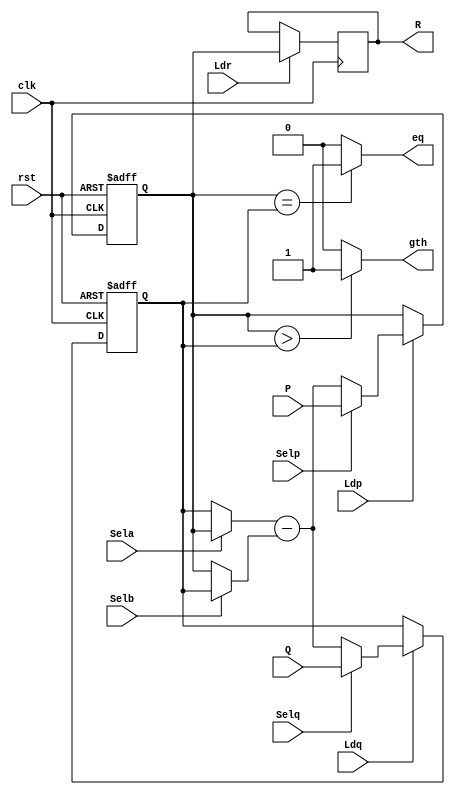
/* Assignment No.: 4 
   Problem No.: 3
   Semester: 5
   Group No.: G18
   Names: Debajyoti Kar (18CS10011), Sagnik Roy (18CS10063) */

module Datapath (clk, rst, Ldp, Ldq, Ldr, Selp, Selq, Sela, Selb, P, Q, eq, gth, R);
	input clk, rst;//Direct Input
	input Ldp, Ldq, Ldr, Selp, Selq, Sela, Selb;//Control path input (Control Unit ---> datapath)
	input [7:0]P, Q;//Direct Input
	output eq, gth;//Output to Control Unit
	output [7:0]R;//Direct Output
	reg [7:0]R;
	reg [7:0] Pbus, Qbus, ALU;
	reg[7:0] Abus, Bbus;

	//reg P
	always @(posedge rst or posedge clk)
		begin
			if(rst) Pbus <= 0;
			else if (Ldp)
				begin
					if(Selp) Pbus <= P;
					else Pbus <= ALU;
				end
		end


	//reg Q
	always @(posedge rst or posedge clk)
		begin
			if (rst) Qbus <= 0;
			else if(Ldq)
				begin
					if(Selq) Qbus <= Q;
					else Qbus <= ALU;
				end
		end

	//reg R
	always @(posedge clk)
		if(Ldr) R <= Pbus;
		else R <= R;

	//mux a
	always @( Pbus or Qbus or Sela)
		if (Sela==1) Abus <= Pbus;
		else	Abus <= Qbus;

	//mux b	
	always @( Pbus or Qbus or Selb)
		if (Selb==1) Bbus <= Qbus;
		else Bbus <= Pbus;

	//alu
	always @(Abus or Bbus)
		ALU <= Abus - Bbus;

	//comparator
	assign eq = (Pbus==Qbus) ? 1:0;
	assign gth = (Pbus>Qbus) ? 1:0;

endmodule


module Control_Unit ( clk, rst, start, eq, gth, valid, Ldp, Ldq, Ldr, Selp, Selq, Sela, Selb, State_Y);

	input clk, rst, start;//Direct Inputs to Control Unit
	input eq, gth;//DataPath Inputs (Datapath ---> Control Unit)
	output valid;//Direct Output
	output Ldp, Ldq, Ldr, Selp, Selq, Sela, Selb;//Datapath Output (Control Unit ---> Datapath)
	output [1:0] State_Y;//Direct Output

	reg [7:0] Control_Variable;
	reg [1:0]y, Y;
	wire valid, Ldp, Ldq, Ldr, Selp, Selq, Sela, Selb;
	parameter S0 = 0, S1 = 1, S2 = 2, S3 = 3;

	//Next state Logic

	always @(y or start or eq or gth)
		begin
			case (y)
			S0: if(!start) Y = S0;
				else if(eq) Y = S1;
					else if(gth) Y = S2;
						else Y = S3;

			S1: Y = S0;
			S2: if(eq) Y = S1;
					else if(gth) Y=S2;
						else Y=S3;
			S3: if(eq) Y = S1;
					else if(gth) Y = S2;
						else Y = S3;
			endcase
		end

	//State Register
	always @(posedge rst or negedge clk)
		if(rst) y<=S0;
			else y<=Y;

	//Output Logic

	always @(y)
		case (y)
			S0: Control_Variable = 8'b11001100;
			S1: Control_Variable = 8'b00000011;
			S2: Control_Variable = 8'b00111000;
			S3: Control_Variable = 8'b00000100;
		endcase

	//Assigning output Logic to the control Variable
	assign Selp = Control_Variable[7];
	assign Selq = Control_Variable[6];
	assign Sela = Control_Variable[5];
	assign Selb = Control_Variable[4];
	assign Ldp = Control_Variable[3];
	assign Ldq = Control_Variable[2];
	assign Ldr = Control_Variable[1];
	assign valid = Control_Variable[0];

	assign State_Y = Y;

endmodule

module GCD_Calculator( clk, rst, start, P, Q, R, valid, State_Y);
	input clk, rst, start;
	input [7:0] P,Q;
	output [7:0]R;
	output valid;
	output [1:0] State_Y;

	wire valid, Ldp, Ldq, Ldr, Selp, Selq, Sela, Selb;
	wire eq, gth;
	//Wiring the 2 modules together
	Datapath DP (clk, rst, Ldp, Ldq, Ldr, Selp, Selq, Sela, Selb, P, Q, eq, gth, R);

	Control_Unit CU (clk, rst, start, eq, gth, valid, Ldp, Ldq, Ldr, Selp, Selq, Sela, Selb, State_Y);

endmodule